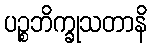
ပဉ္စဘိက္ခုသတာနိ